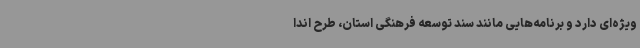
ویژه‌ای دارد و برنامه‌هایی مانند سند توسعه فرهنگی استان، طرح اندا